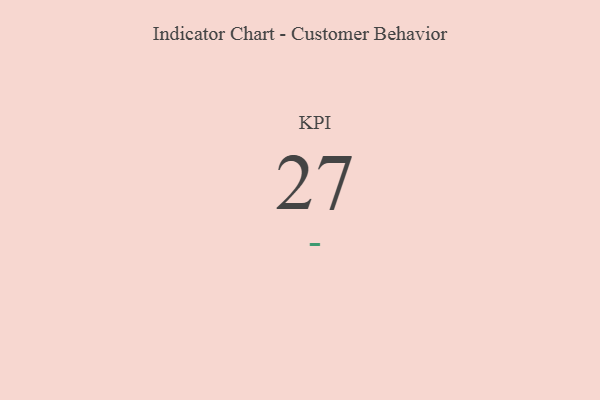
{"axis": {"x": "KPI", "y": "Value"}, "legend": [""], "data": [{"x": "KPI", "y": 27, "type": ""}]}